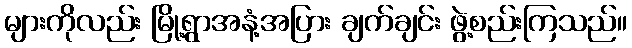
များကိုလည်း မြို့ရွာအနံ့အပြား ချက်ချင်း ဖွဲ့စည်းကြသည်။